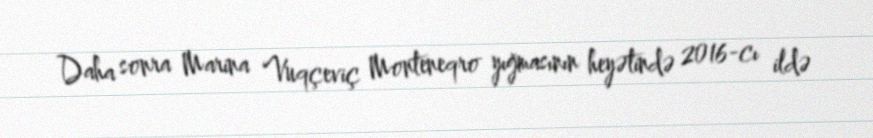
Daha sonra Marina Vuqçeviç Monteneqro yığmasının heyətində 2016-cı ildə